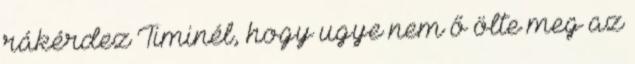
rákérdez Timinél, hogy ugye nem ő ölte meg az